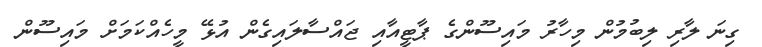
ގިނަ ލާރި ލިބުމުން މިހާރު މައިސޫންގެ ޕާޓީއާއި ޖައްސާލައިގެން އުޅޭ މީހެއްކަމަށް މައިސޫން